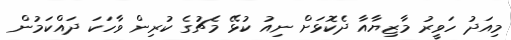
މިއަދު ހަވީރު މާޒިޔާއާ ދެކޮޅަށް ނިއު ކުޅޭ މެޗުގެ ކުރިން ވާހަކަ ދައްކަމުން